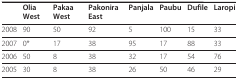
<table><thead><tr><td></td><td><b>Olia West</b></td><td><b>Pakaa West</b></td><td><b>Pakonira East</b></td><td><b>Panjala</b></td><td><b>Paubu</b></td><td><b>Dufile</b></td><td><b>Laropi</b></td></tr></thead><tbody><tr><td>2008</td><td>90</td><td>50</td><td>92</td><td>5</td><td>100</td><td>15</td><td>33</td></tr><tr><td>2007</td><td>0*</td><td>17</td><td>38</td><td>95</td><td>17</td><td>88</td><td>33</td></tr><tr><td>2006</td><td>50</td><td>8</td><td>38</td><td>32</td><td>17</td><td>54</td><td>76</td></tr><tr><td>2005</td><td>30</td><td>8</td><td>38</td><td>26</td><td>50</td><td>46</td><td>29</td></tr></tbody></table>